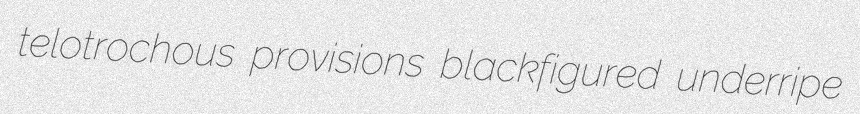
telotrochous provisions blackfigured underripe